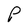
Character: P